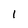
Character: 1